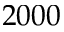
2 0 0 0